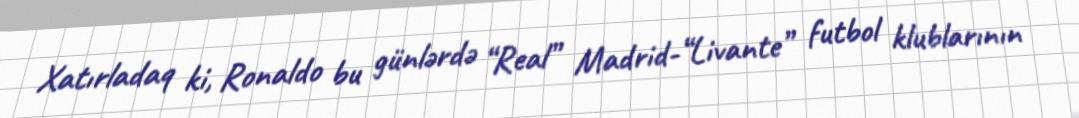
Xatırladaq ki, Ronaldo bu günlərdə “Real” Madrid-“Livante” futbol klublarının